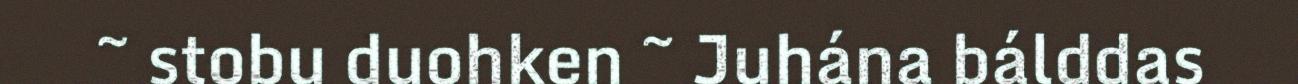
~ stobu duohken ~ Juhána bálddas